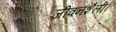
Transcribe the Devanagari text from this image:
जीवनशैली।